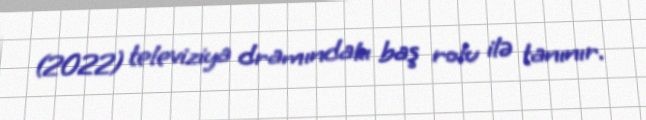
(2022) televiziya dramındakı baş rolu ilə tanınır.